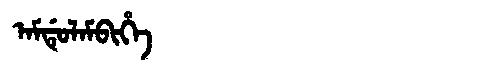
Manchu: ᠠᠮᡩᡠᠯᠠᠮᠪᡳᡥᡝ
Romanization: AMDULAMBIHE